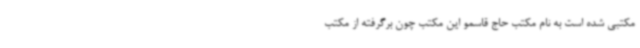
مکتبی شده است به نام مکتب حاج قاسمو این مکتب چون برگرفته از مکتب